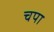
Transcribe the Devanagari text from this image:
चपा